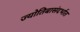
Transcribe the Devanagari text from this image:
ज्योतिबासंदर्भात